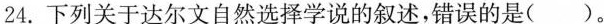
24.下列关于达尔文自然选择学说的叙述，错误的是()。